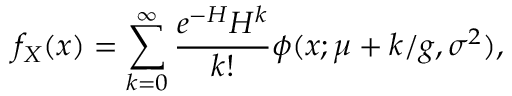
f _ { X } ( x ) = \sum _ { k = 0 } ^ { \infty } \frac { e ^ { - H } H ^ { k } } { k ! } \phi ( x ; \mu + k / g , \sigma ^ { 2 } ) ,